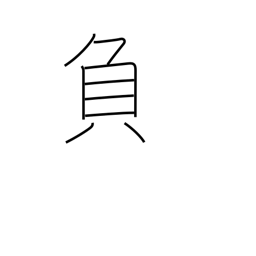
Meaning: minus